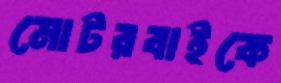
মোটরবাইকে